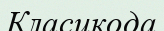
Класикода